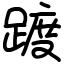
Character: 踱